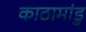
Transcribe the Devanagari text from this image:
काठामांडु